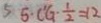
5 5 \cdot C ^ { \prime } G \cdot \frac { 1 } { 2 } = 1 2